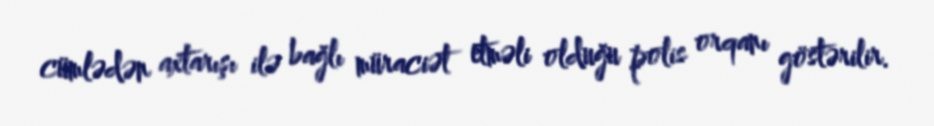
cümlədən axtarışı ilə bağlı müraciət etməli olduğu polis orqanı göstərilir.